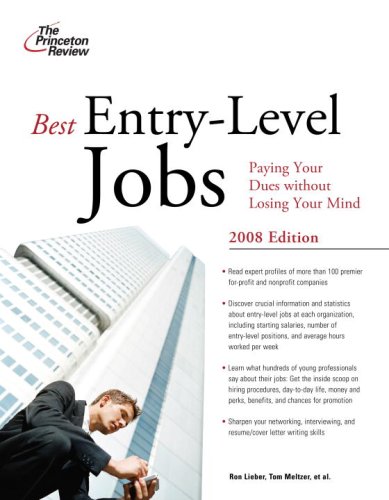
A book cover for Best Entry-Level Jobs, 2008 Edition (Career Guides); Princeton Review; Business & Money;